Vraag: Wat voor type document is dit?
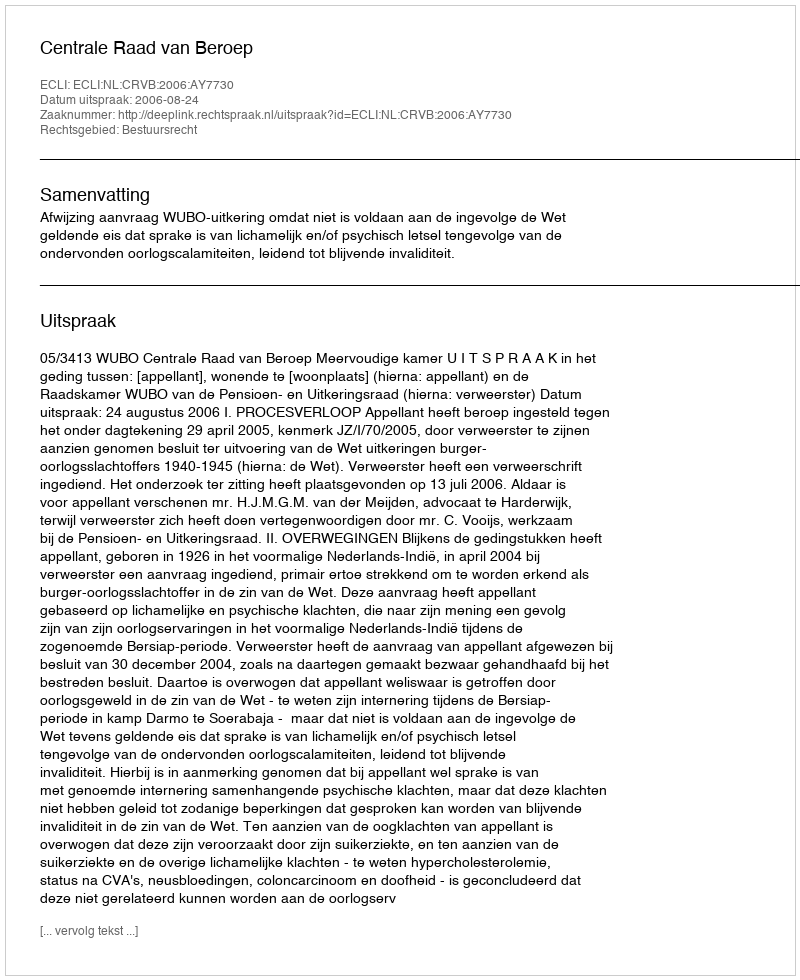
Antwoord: Uitspraak